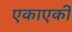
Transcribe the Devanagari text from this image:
एकाएकीं